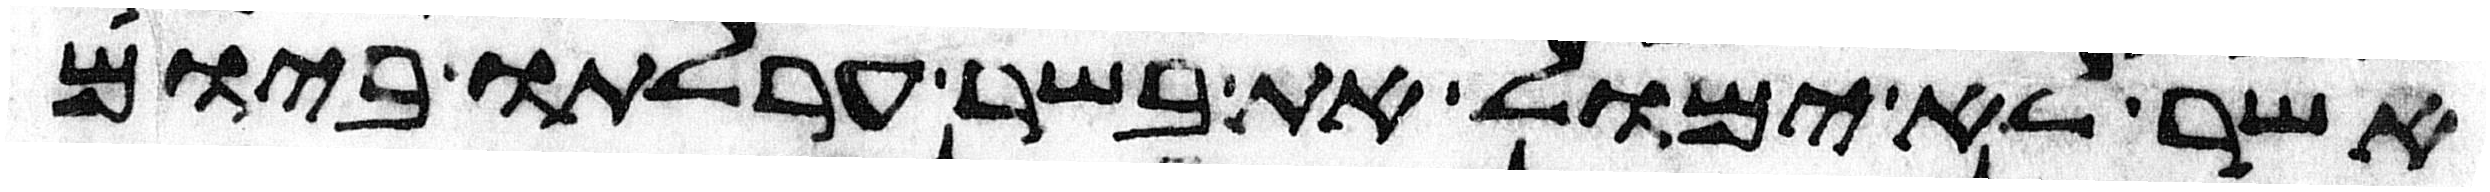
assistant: אשר לא ימול את בשר ערלתו ביום